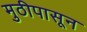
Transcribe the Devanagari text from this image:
मुठीपासून